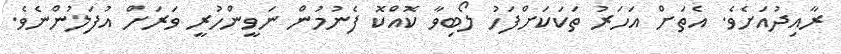
ރާއިދުއަށެވެ. އެތަށް އަހަރު ތަކަކަށްފަހު ލޯބިވާ ކޮއްކޮ ފެނުމުން ނަވީންހުރީ ވަރަށް އުފަލުންނެވެ.